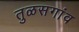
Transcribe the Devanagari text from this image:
तुळसगांव